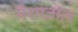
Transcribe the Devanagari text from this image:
पैशातील